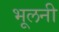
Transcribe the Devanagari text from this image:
भूलनी